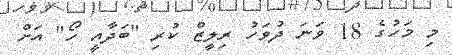
މި މަހުގެ 18 ވަނަ ދުވަހު ރިލީޒް ކުރި "ބަދާއީ ހޯ" އަށް